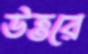
উত্তরে